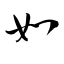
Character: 如